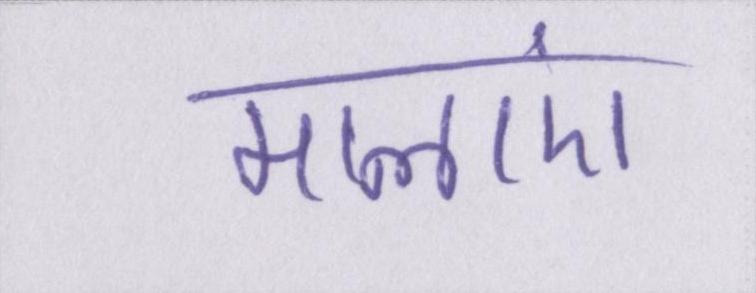
मालाएं